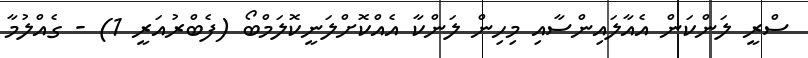
ސްރީ ލަންކަން އެއާލައިންސާއި މިހިން ލަންކާ އެއްކޮށްލަނީކޮލަމްބޯ (ފެބްރުއަރީ 1) - ގެއްލުމާ